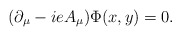
\begin{align*}(\partial_{\mu}-ieA_{\mu})\Phi(x,y)=0.\end{align*}